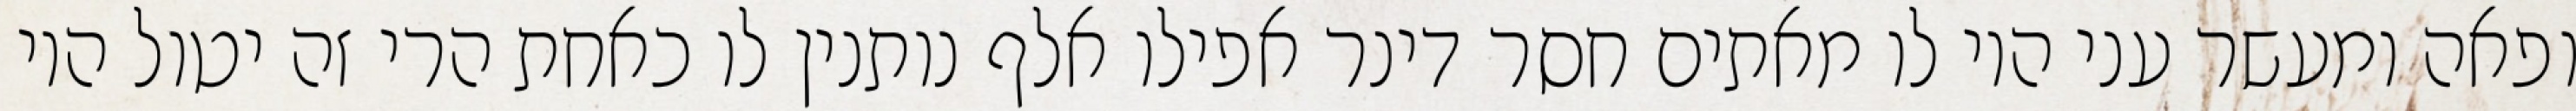
ופאה ומעשר עני היו לו מאתים חסר דינר אפילו אלף נותנין לו כאחת הרי זה יטול היו